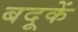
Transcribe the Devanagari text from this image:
बदूकें